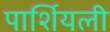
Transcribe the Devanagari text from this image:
पार्शियली